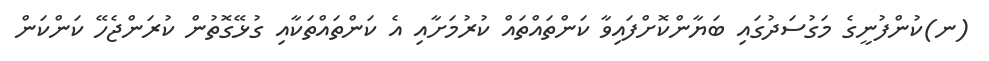
(ނ)ކުންފުނީގެ މަގުސަދުގައި ބަޔާންކޮށްފައިވާ ކަންތައްތައް ކުރުމަށާއި އެ ކަންތައްތަކާއި ގުޅޭގޮތުން ކުރަންޖެހޭ ކަންކަން